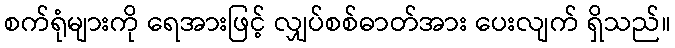
စက်ရုံများကို ရေအားဖြင့် လျှပ်စစ်ဓာတ်အား ပေးလျက် ရှိသည်။